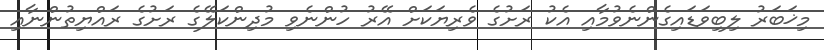
މިޚަބަރު ލިބިވަޑައިގެންނެވުމާއި އެކު ރަށުގެ ވެރިޔަކަށް އޭރު ހުންނެވި މުދިންކަލޭގެ ރަށުގެ ރައްޔިތުންނާއި